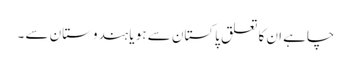
چاہے ان کا تعلق پاکستان سے ہو یا ہندوستان سے ۔